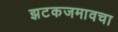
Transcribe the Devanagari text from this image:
झटकजमावचा